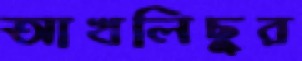
আখলিছুর